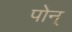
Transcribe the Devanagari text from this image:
पोन्